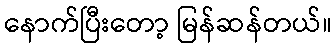
နောက်ပြီးတော့ မြန်ဆန်တယ်။